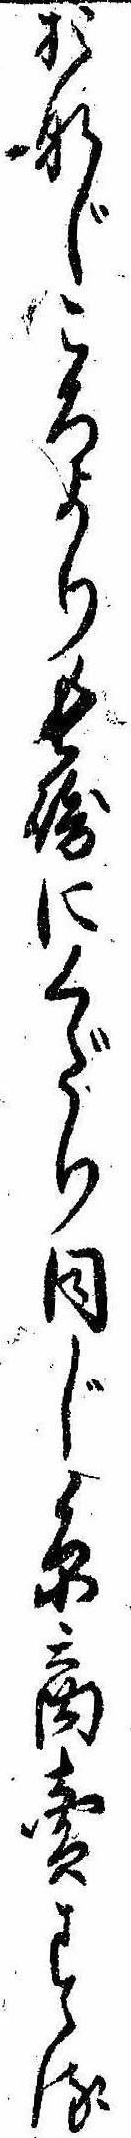
おなじころより長崎にくだり同じ糸商売する